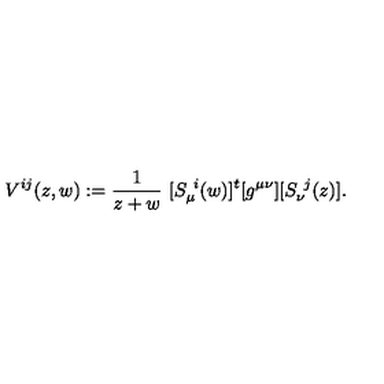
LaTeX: V ^ { i j } ( z , w ) : = { \frac { 1 } { z + w } } \ [ S _ { \mu } ^ { \ i } ( w ) ] ^ { t } [ g ^ { \mu \nu } ] [ S _ { \nu } ^ { \ j } ( z ) ] .